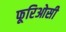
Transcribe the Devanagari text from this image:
फूरिओसी